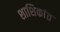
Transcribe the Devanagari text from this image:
शाशिकांत